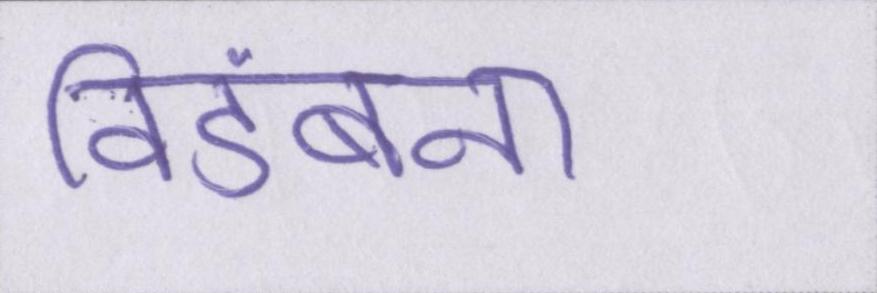
विडंबना